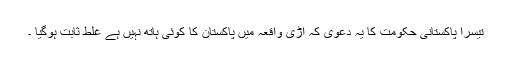
تیسرا پاکستانی حکومت کا یہ دعوی کہ اُڑی واقعہ میں پاکستان کا کوئی ہاتھ نہیں ہے غلط ثابت ہوگیا ۔